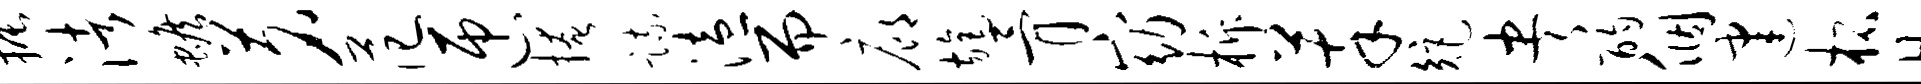
振渚蟾茗范匝掩疏溘而廊旄骨窈柝萃矩央酌个建柘曷